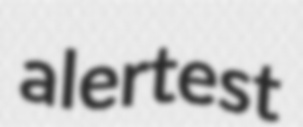
alertest